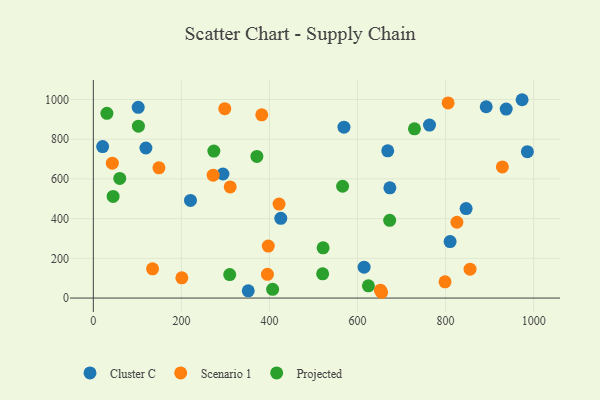
{"axis": {"x": "Study Hours", "y": "Rating"}, "legend": ["Cluster C", "Projected", "Scenario 1"], "data": [{"x": "892.2", "y": 963.2, "type": "Cluster C"}, {"x": "985.7", "y": 736.8, "type": "Cluster C"}, {"x": "937.6", "y": 951.5, "type": "Cluster C"}, {"x": "425.7", "y": 401.4, "type": "Cluster C"}, {"x": "673.4", "y": 554.8, "type": "Cluster C"}, {"x": "614.9", "y": 155.6, "type": "Cluster C"}, {"x": "668.6", "y": 741.2, "type": "Cluster C"}, {"x": "294.3", "y": 624.7, "type": "Cluster C"}, {"x": "101.9", "y": 960.1, "type": "Cluster C"}, {"x": "569.2", "y": 860.3, "type": "Cluster C"}, {"x": "351.8", "y": 36.5, "type": "Cluster C"}, {"x": "973.7", "y": 998.6, "type": "Cluster C"}, {"x": "763.4", "y": 871.0, "type": "Cluster C"}, {"x": "21.1", "y": 762.5, "type": "Cluster C"}, {"x": "220.6", "y": 491.4, "type": "Cluster C"}, {"x": "810.2", "y": 284.2, "type": "Cluster C"}, {"x": "119.4", "y": 755.6, "type": "Cluster C"}, {"x": "846.6", "y": 450.5, "type": "Cluster C"}, {"x": "652.0", "y": 39.8, "type": "Scenario 1"}, {"x": "272.1", "y": 618.6, "type": "Scenario 1"}, {"x": "201.0", "y": 102.1, "type": "Scenario 1"}, {"x": "395.4", "y": 119.4, "type": "Scenario 1"}, {"x": "298.5", "y": 953.6, "type": "Scenario 1"}, {"x": "421.8", "y": 473.1, "type": "Scenario 1"}, {"x": "310.8", "y": 559.3, "type": "Scenario 1"}, {"x": "397.3", "y": 261.8, "type": "Scenario 1"}, {"x": "825.7", "y": 381.8, "type": "Scenario 1"}, {"x": "43.1", "y": 679.0, "type": "Scenario 1"}, {"x": "654.6", "y": 29.1, "type": "Scenario 1"}, {"x": "855.5", "y": 145.6, "type": "Scenario 1"}, {"x": "149.0", "y": 655.9, "type": "Scenario 1"}, {"x": "798.7", "y": 81.9, "type": "Scenario 1"}, {"x": "382.5", "y": 922.8, "type": "Scenario 1"}, {"x": "134.5", "y": 147.4, "type": "Scenario 1"}, {"x": "805.7", "y": 982.4, "type": "Scenario 1"}, {"x": "928.9", "y": 660.2, "type": "Scenario 1"}, {"x": "520.8", "y": 122.1, "type": "Projected"}, {"x": "371.4", "y": 713.2, "type": "Projected"}, {"x": "729.3", "y": 852.2, "type": "Projected"}, {"x": "407.2", "y": 44.0, "type": "Projected"}, {"x": "309.7", "y": 118.0, "type": "Projected"}, {"x": "624.7", "y": 61.5, "type": "Projected"}, {"x": "60.0", "y": 602.4, "type": "Projected"}, {"x": "566.1", "y": 562.9, "type": "Projected"}, {"x": "273.7", "y": 740.1, "type": "Projected"}, {"x": "102.4", "y": 865.3, "type": "Projected"}, {"x": "44.9", "y": 511.9, "type": "Projected"}, {"x": "30.8", "y": 930.3, "type": "Projected"}, {"x": "673.0", "y": 391.4, "type": "Projected"}, {"x": "521.8", "y": 253.0, "type": "Projected"}]}